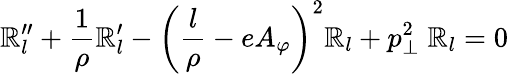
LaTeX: \mathbb{R}_{l}^{\prime\prime}+{\frac{{1}}{{\rho}}}\mathbb{R}_{l}^{\prime}-\left({\frac{{l}}{{\rho}}}-eA_{\varphi}\right)^{2}\mathbb{R}_{l}+p_{\perp}^{2}\; \mathbb{R}_{l}=0